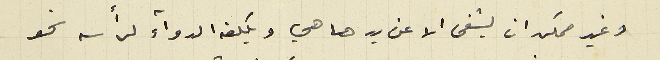
وغير ممكن ان يشفى الا عن يدها هي ويكلفه الدواء لرأسه نحو